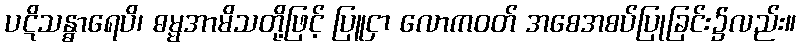
ပဋိသန္ဓာရေပိ၊ ဓမ္မအာမိသတို့ဖြင့် ပြူငှာ လောကဝတ် အစေအစပ်ပြုခြင်း၌လည်း။